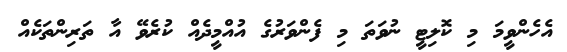
އެހެންވީމަ މި ކޮލިޓީ ނުވަތަ މި ފެންވަރުގެ އުއްމީދެއް ކުރެވޭ އާ ތަރިންތަކެއް